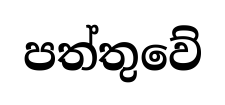
පත්තුවේ